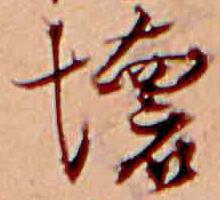
壊